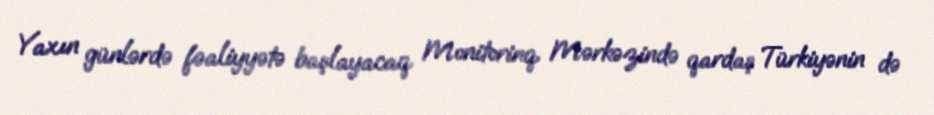
Yaxın günlərdə fəaliyyətə başlayacaq Monitorinq Mərkəzində qardaş Türkiyənin də